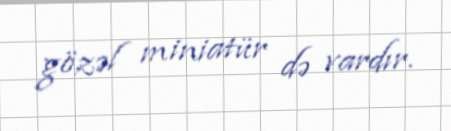
gözəl miniatür də vardır.